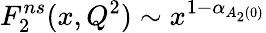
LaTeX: F_{2}^{ns}(x,Q^{2})\sim x^{1-\alpha_{A_{2}(0)}}